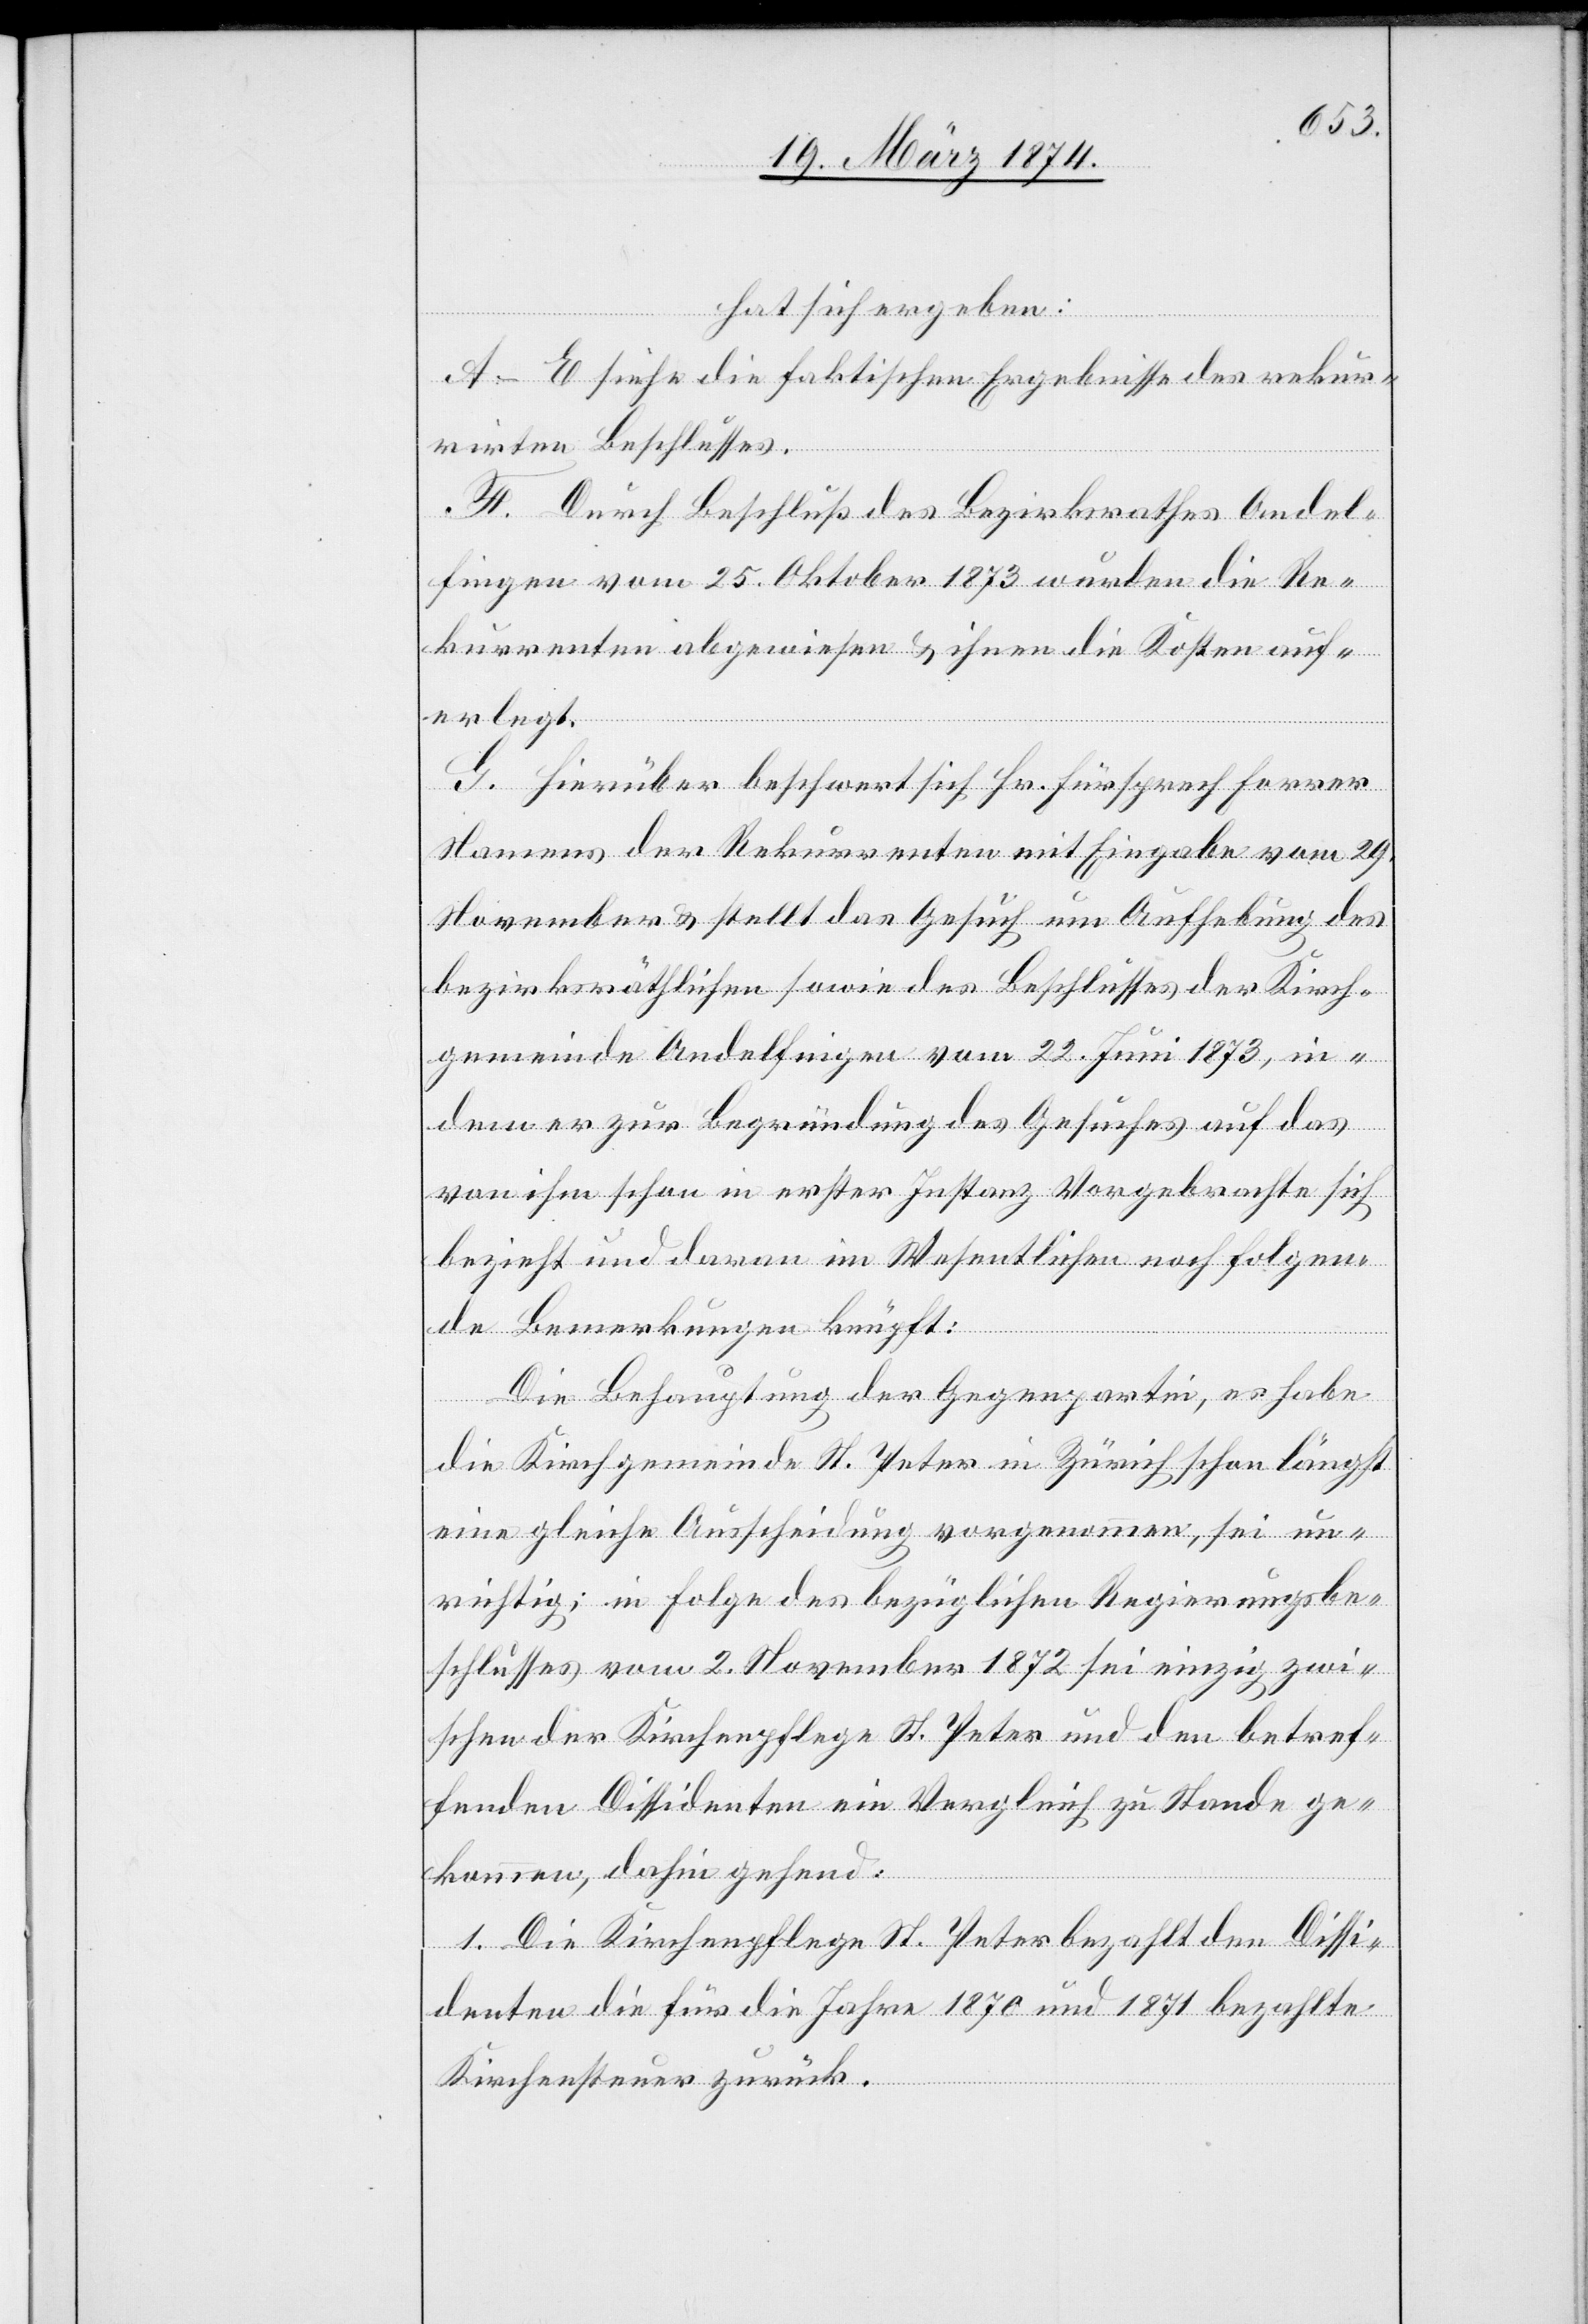
hat sich ergeben:
A–E siehe die faktischen Ergebnisse des rekur¬
rirten Beschlusses.
F. Durch Beschluß des Bezirksrathes Andel¬
fingen vom 25. Oktober 1873 wurden die Re¬
kurrenten abgewiesen u. ihnen die Kosten auf¬
erlegt.
G. Hierüber beschwert sich Hr. Fürsprech Forrer
Namens der Rekurrenten mit Eingabe vom 29.
November u. stellt das Gesuch um Aufhebung des
bezirksräthlichen sowie des Beschlusses der Kirch¬
gemeinde Andelfingen vom 22. Juni 1873, in¬
dem er zur Begründung des Gesuches auf das
von ihm schon in erster Instanz Vorgebrachte sich
bezieht und daran im Wesentlichen noch folgen¬
de Bemerkungen knüpft:
Die Behauptung der Gegenpartie, es habe
die Kirchgemeinde St. Peter in Zürich schon längst
eine gleiche Ausscheidung vorgenommen, sei un¬
richtig; in Folge des bezüglichen Regierungsbe¬
schlusses vom 2. November 1872 sei einzig zwi¬
schen der Kirchenpflege St. Peter und den betref¬
fenden Dissidenten ein Vergleich zu Stande ge¬
kommen, dahin gehend:
1. Die Kirchenpflege St. Peter bezahlt den Dissi¬
denten die für die Jahre 1870 und 1871 bezahlte
Kirchensteuer zurück.